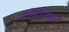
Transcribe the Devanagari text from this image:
टॉमलिसन